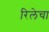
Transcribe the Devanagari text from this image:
रिलेचा